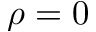
\rho = 0